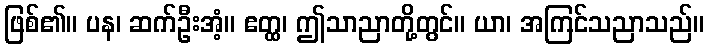
ဖြစ်၏။ ပန၊ ဆက်ဦးအံ့။ ဧတ္ထ၊ ဤသာညာတို့တွင်။ ယာ၊ အကြင်သညာသည်။